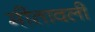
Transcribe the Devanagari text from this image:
मीतावली